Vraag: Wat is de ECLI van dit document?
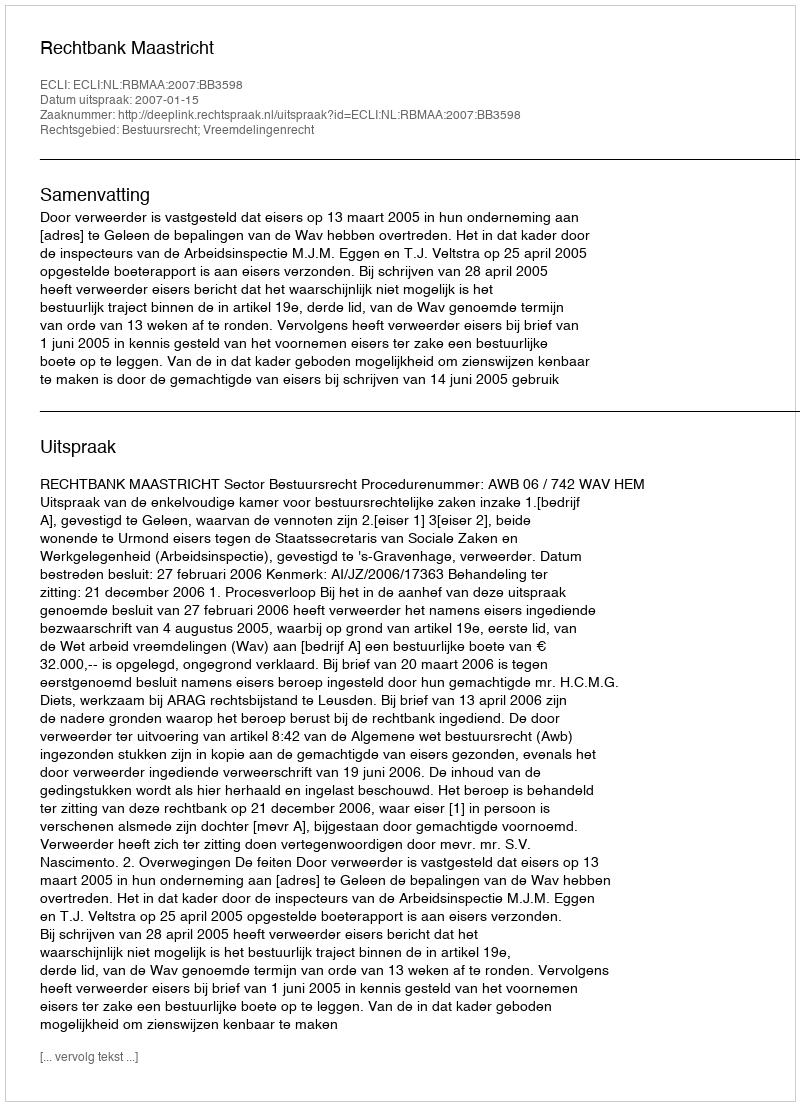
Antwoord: ECLI:NL:RBMAA:2007:BB3598